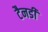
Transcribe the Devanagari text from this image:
टैनडी